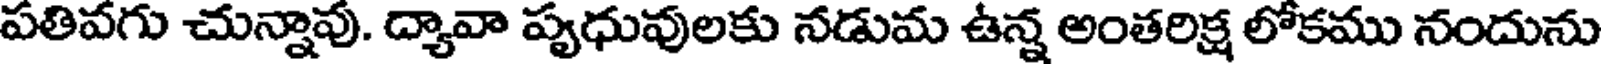
పతివగు చున్నావు. ద్యావా పృధువులకు నడుమ ఉన్న అంతరిక్ష లోకము నందును